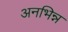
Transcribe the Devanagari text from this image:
अनभिन्न